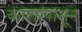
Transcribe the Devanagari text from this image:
काशांपासून